画像に写った文字を読んでください
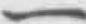
「一」と書いてあります